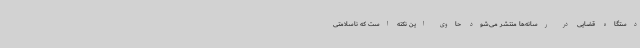
دستگاه قضایی در رسانه‌ها منتشر می‌شود حاوی این نکته است که ناسلامتی